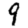
Digit: 9